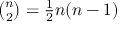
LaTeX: \textstyle { { \binom { n } { 2 } } = { \frac { 1 } { 2 } } n ( n - 1 ) }